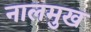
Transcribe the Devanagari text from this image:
नालमुख